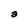
Character: a